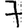
Digit: 7